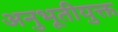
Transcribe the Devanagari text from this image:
अनुभूतीयुक्त